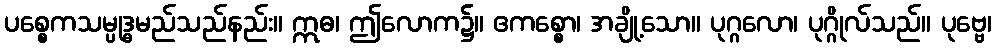
ပစ္စေကသမ္ပုဒ္ဓမည်သည်နည်း။ ဣဓ၊ ဤလောက၌။ ဧကစ္စော၊ အချို့သော။ ပုဂ္ဂလော၊ ပုဂ္ဂိုလ်သည်။ ပုဗ္ဗေ၊